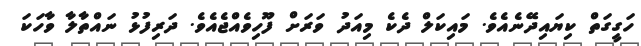
ހަގީގަތް ކިޔައިދޭނެއެވެ. މައިކަލް ދެކެ މިއަދު ވަރަށް ފޫހިވެއްޖެއެވެ. ދަރިފުޅު ނައްތާލާ ވާހަކަ